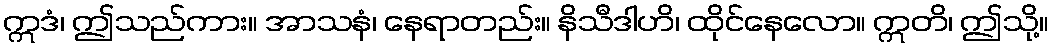
ဣဒံ၊ ဤသည်ကား။ အာသနံ၊ နေရာတည်း။ နိသီဒါဟိ၊ ထိုင်နေလော။ ဣတိ၊ ဤသို့။